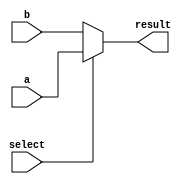
module conditional_assignment (
    input wire a,          // Input signal a
    input wire b,          // Input signal b
    input wire select,     // Condition signal to select between a and b
    output wire result     // Output signal that will receive the conditional assignment
);

// Conditional continuous assignment using the ternary operator
assign result = (select) ? a : b;

endmodule